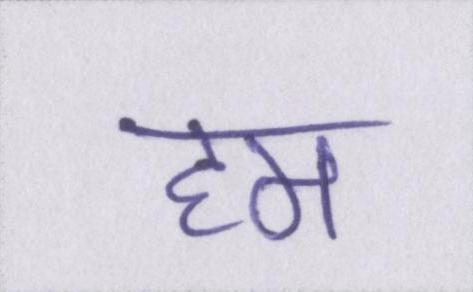
हम